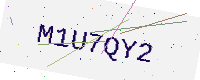
Text: M1U7QY2